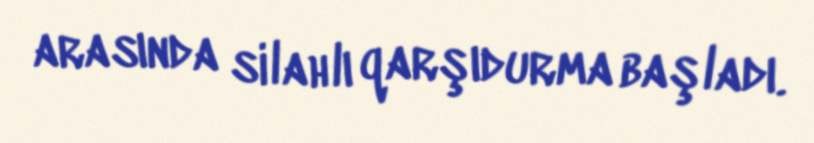
arasında silahlı qarşıdurma başladı.